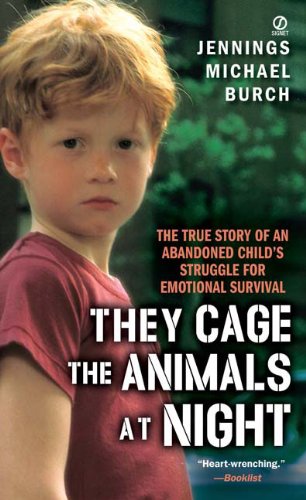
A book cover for They Cage The Animals At Night (Turtleback School & Library Binding Edition); Jennings M. Burch; Teen & Young Adult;